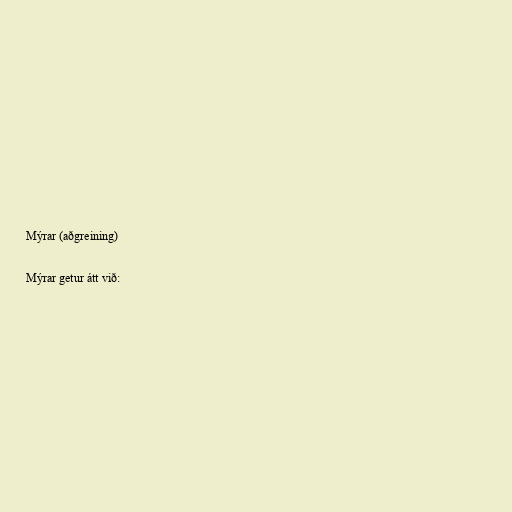
Mýrar (aðgreining)

Mýrar getur átt við: